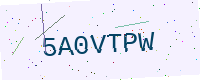
Text: 5A0VTPW